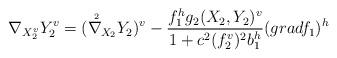
LaTeX: \begin{align*} \nabla _{X_2^v}Y_2^{v}=(\nabla{\hskip -0.2cm^{^{^{2}}}}_{X_2}Y_2)^v -\frac{f_1^hg_2(X_2,Y_2)^v}{1+c^2(f_2^v)^2b_1^h}(gradf_1)^h\end{align*}